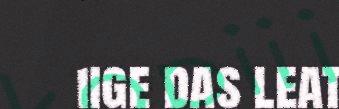
iige das leat